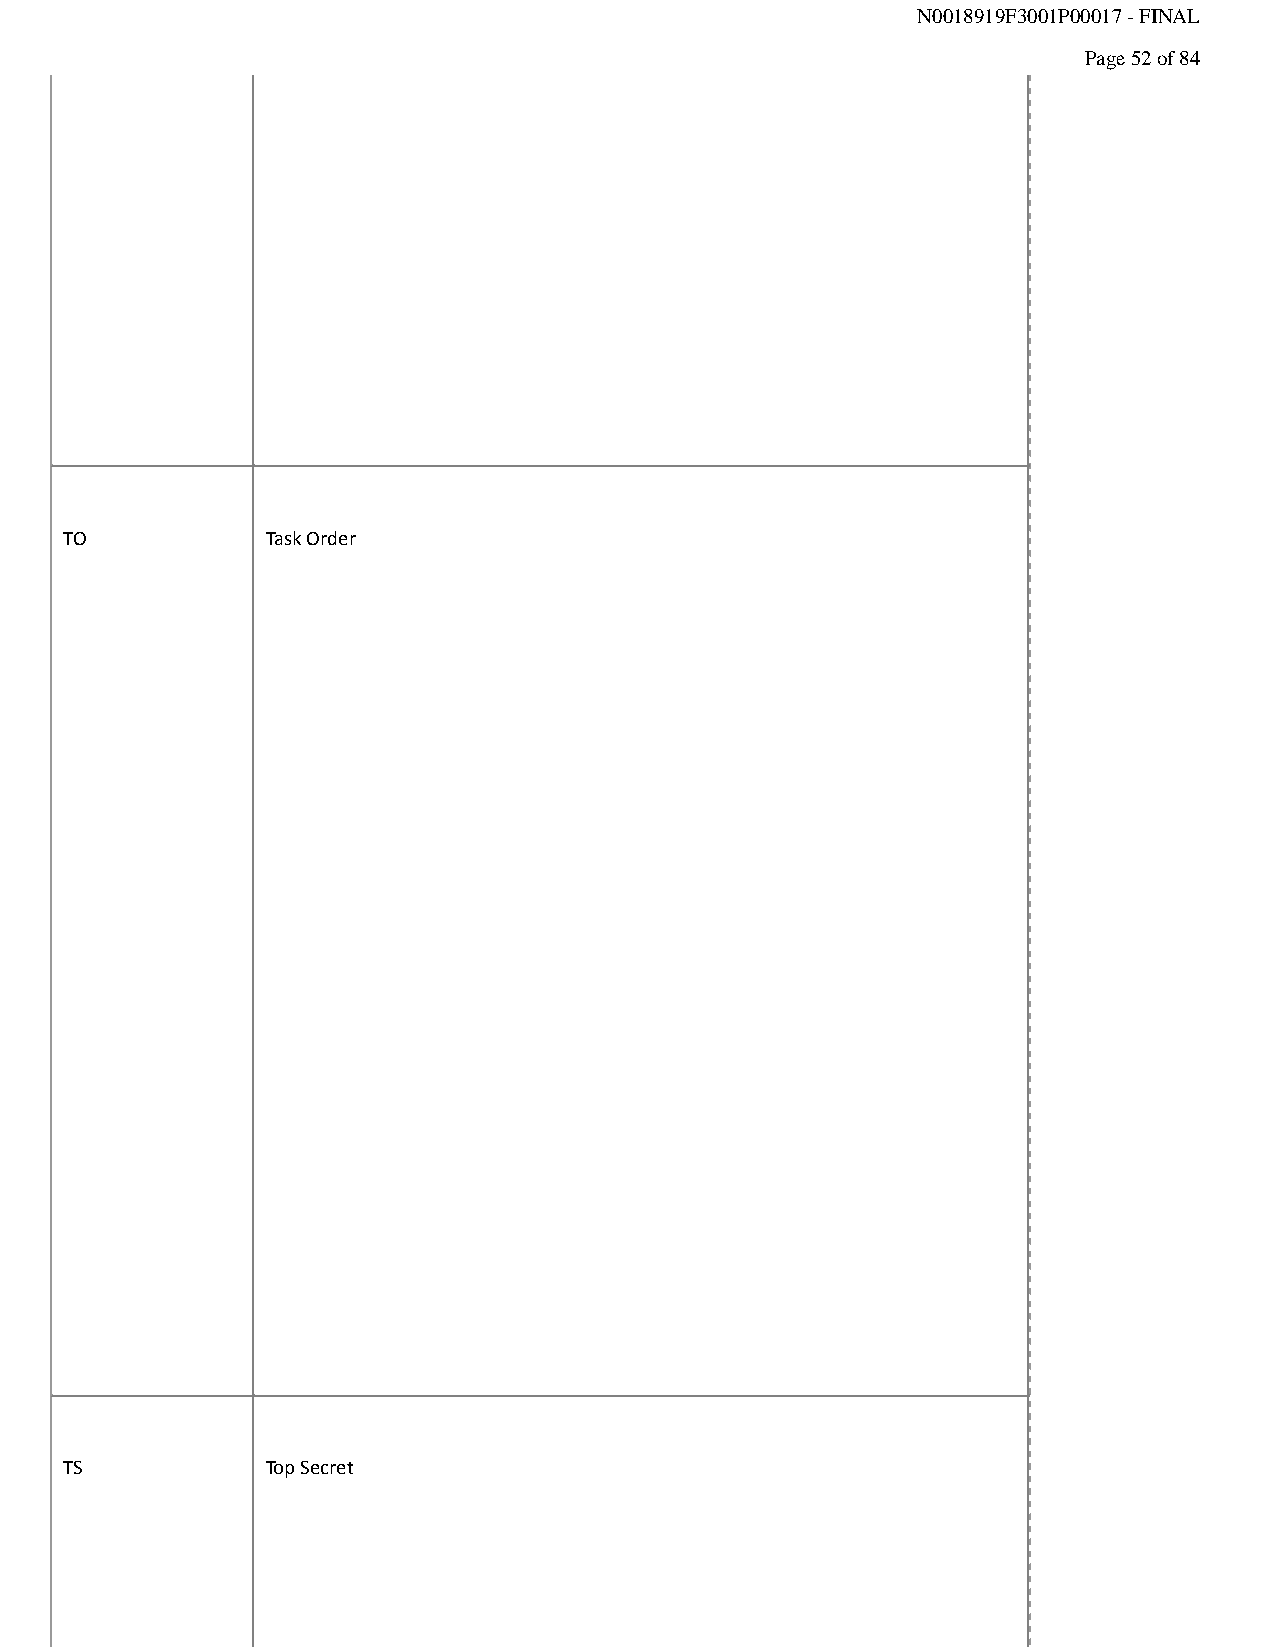
N0018919F3001P00017 - FINAL
 Page 52 of 84
 TO            Task Order
 TS            Top Secret